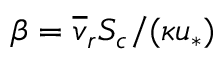
\beta = \overline { { v } } _ { r } S _ { c } / ( \kappa u _ { * } )